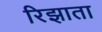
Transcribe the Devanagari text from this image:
रिझाता